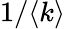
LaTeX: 1/\langle k\rangle